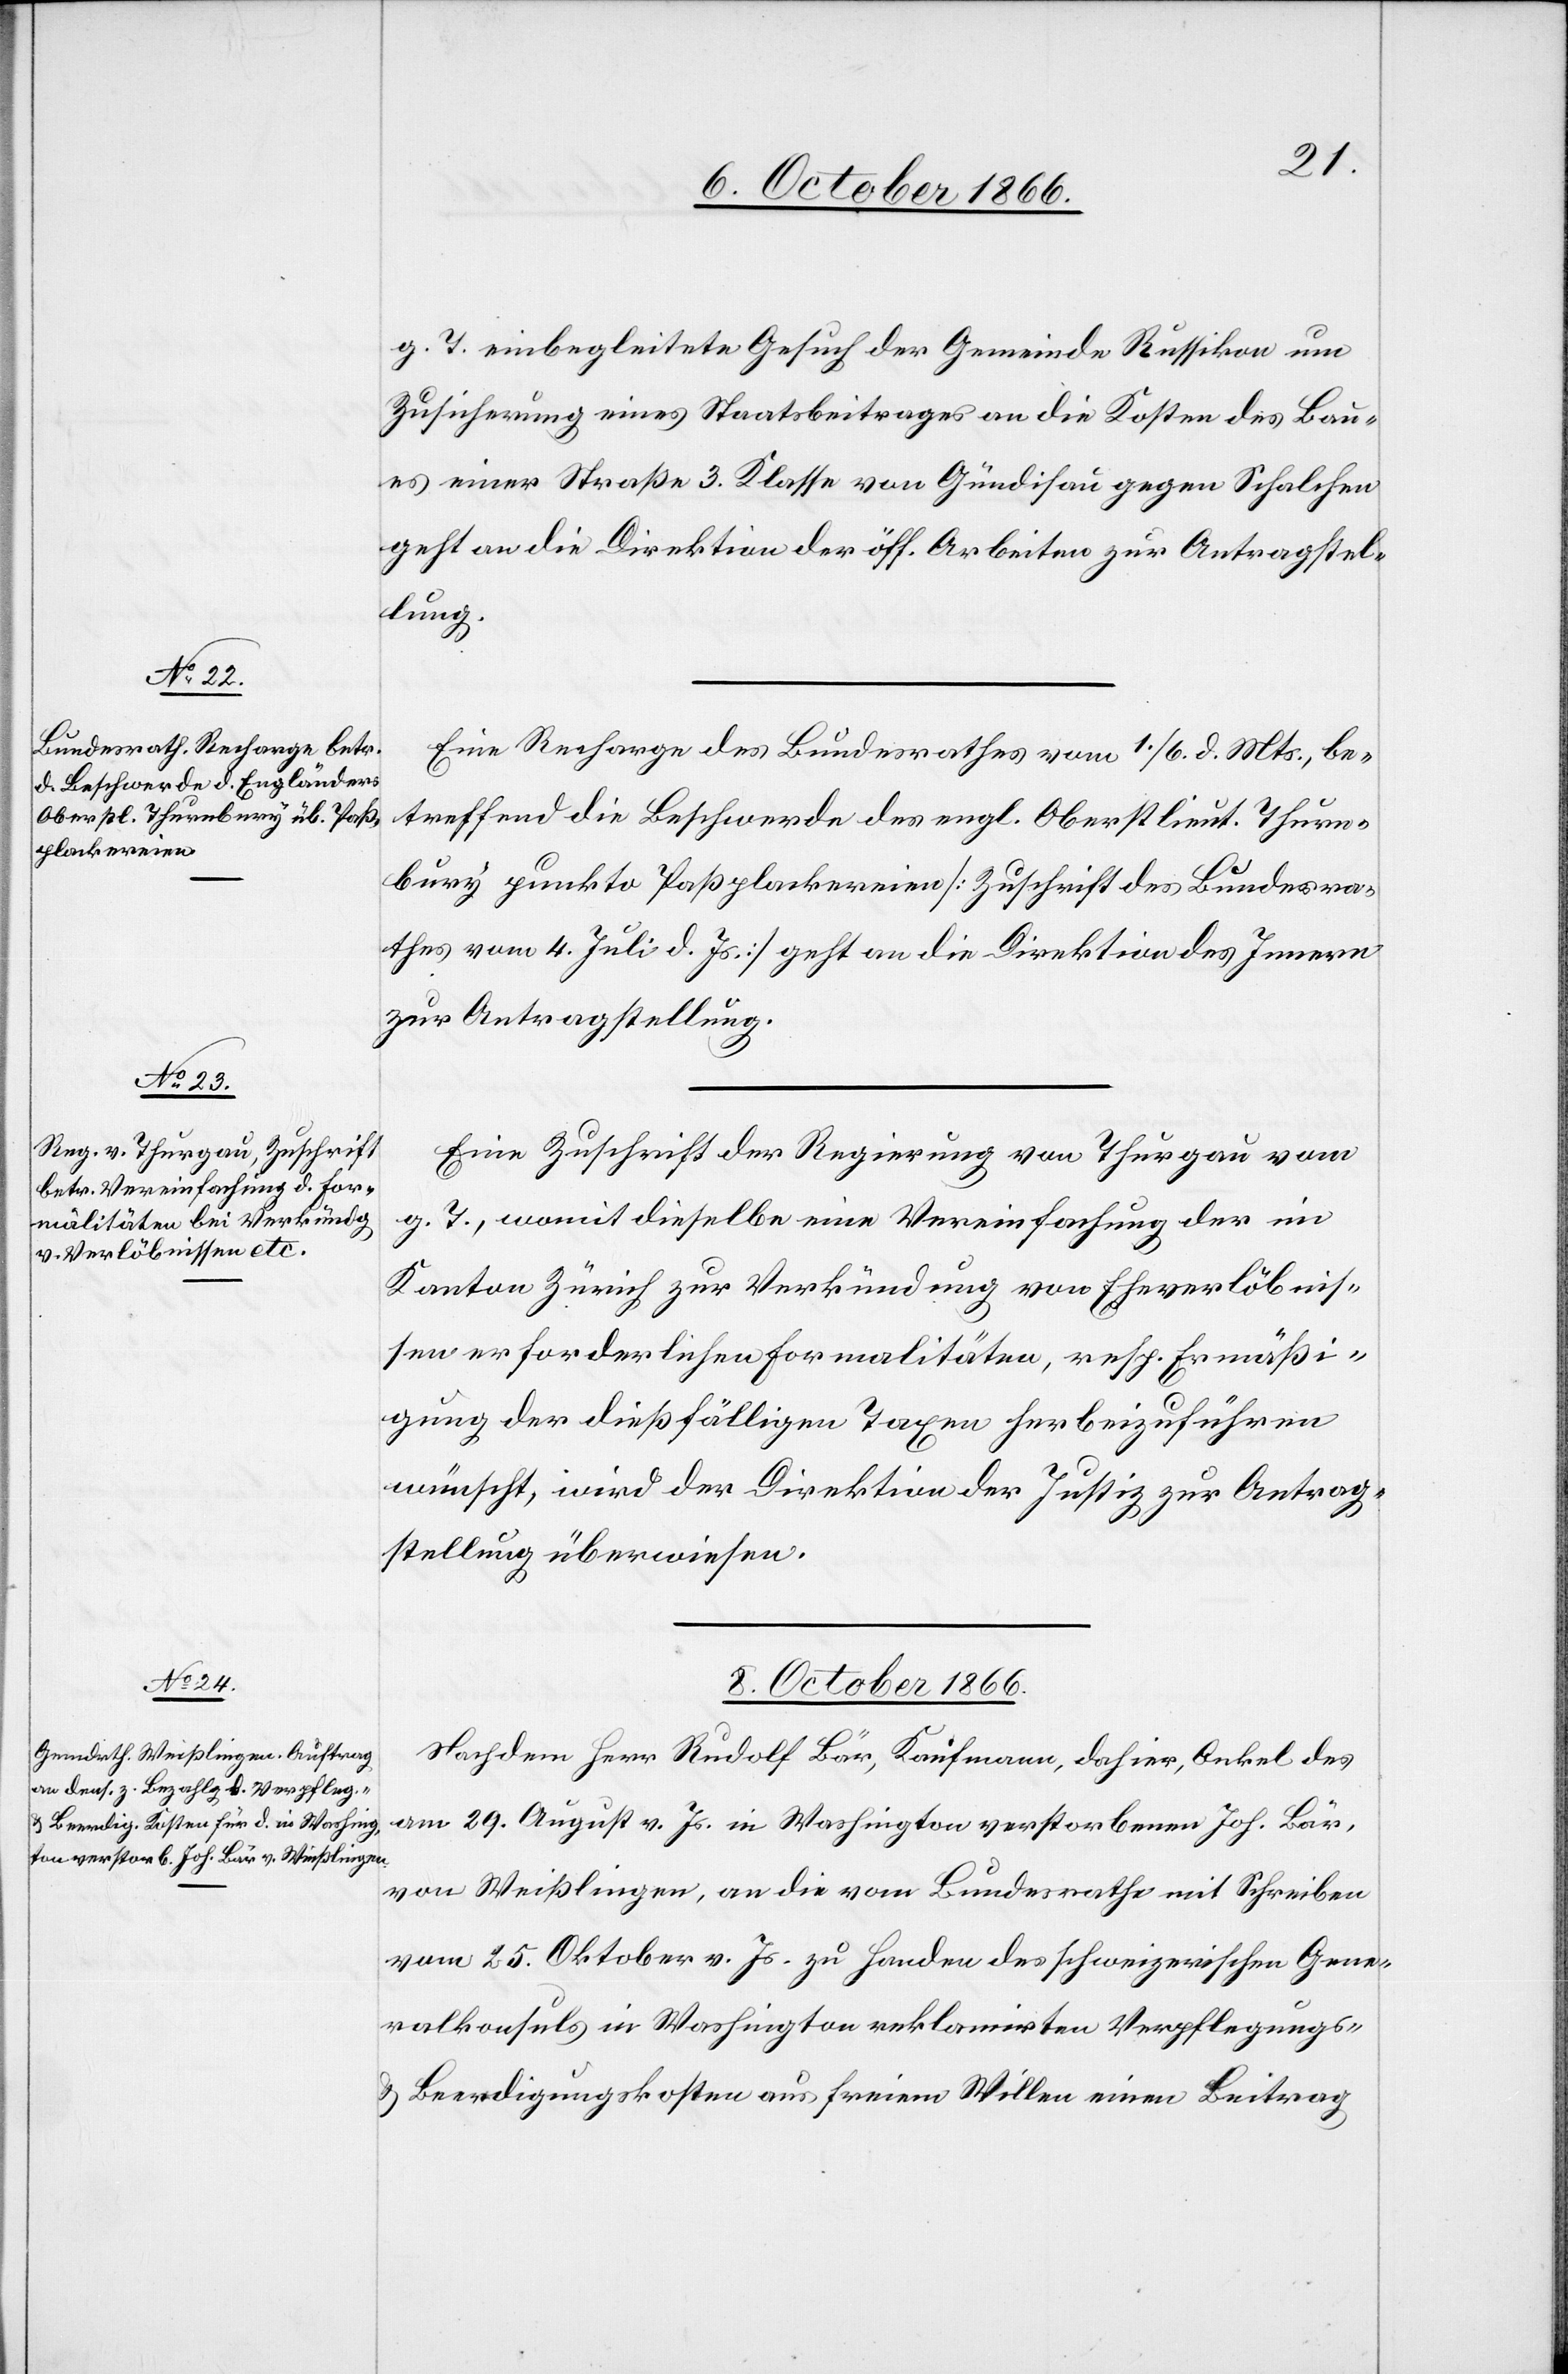
g. T. einbegleitete Gesuch der Gemeinde Russikon um
Zusicherung eines Staatsbeitrages an die Kosten des Bau¬
es einer Straße 3. Klasse von Gündisau gegen Schalchen
geht an die Direktion der öff. Arbeiten zur Antragstel¬
lung.
Eine Recharge des Bundesrathes vom 1./6. d. Mts., be¬
treffend die Beschwerde des engl. Oberstlieut. Thurn¬
bury punkto Paßplackereien [Zuschrift des Bundesra¬
thes vom 4. Juli d. Js.] geht an die Direktion des Innern
zur Antragstellung.
Eine Zuschrift der Regierung von Thurgau vom
g. T., womit dieselbe eine Vereinfachung der im
Kanton Zürich zur Verkündung von Eheverlöbnis¬
sen erforderlichen Formalitäten, resp. Ermäßi¬
gung der dießfälligen Taxen herbeizuführen
wünscht, wird der Direktion der Justiz zur Antrag¬
stellung überwiesen.
8. October 1866.
Nachdem Herr Rudolf Bär, Kaufmann, dahier, Onkel des
am 29. August v. Js. in Washington verstorbenen Joh. Bär,
von Weißlingen, an die vom Bundesrathe mit Schreiben
vom 25. Oktober v. Js. zu Handen des schweizerischen Gene¬
ralkonsuls in Washington reklamirten Verpflegungs-
& Beerdigungskosten aus freiem Willen einen Beitrag